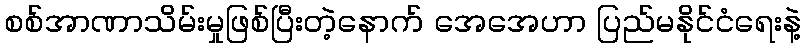
စစ်အာဏာသိမ်းမှုဖြစ်ပြီးတဲ့နောက် အေအေဟာ ပြည်မနိုင်ငံရေးနဲ့